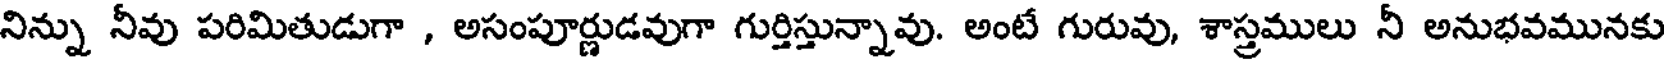
నిన్ను నీవు పరిమితుడుగా , అసంపూర్ణుడవుగా గుర్తిస్తున్నావు. అంటే గురువు, శాస్త్రములు నీ అనుభవమునకు